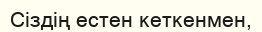
Сіздің естен кеткенмен,